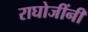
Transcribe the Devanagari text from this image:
राघोजींनी